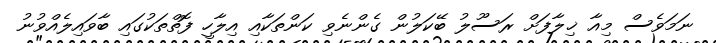
ނަމަވެސް މިއާ ޚިލާފަށް ރަސޫލު ބޭކަލުން ގެންނެވި ކަންތަކާއި އިލާހީ ފޮތްތަކުގައި ބާވައިލެއްވުނު